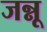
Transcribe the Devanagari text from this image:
जन्नू